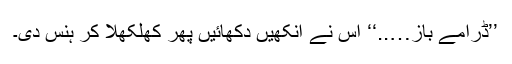
’’ڈرامے باز…..‘‘ اس نے آنکھیں دکھائیں پھر کھلکھلا کر ہنس دی۔